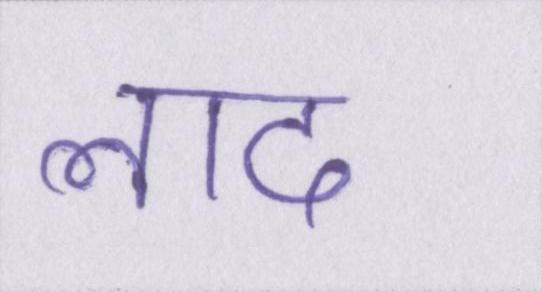
लाद